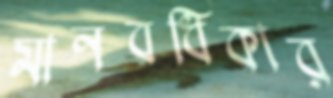
মানবধিকার